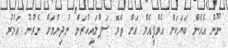
ނޫން އެހެން ބަޔަކަށް އެމްޕީއެލް އަށް ތެޔޮ ސަޕްލައިކުރަން ނުދިނުމަށް ނެރުނު އަމުރު